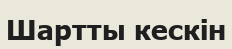
Шартты кескін